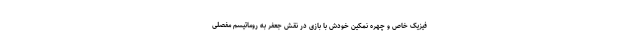
فیزیک خاص و چهره نمکینِ خودش با بازی در نقش جعفر به روماتیسم مفصلی